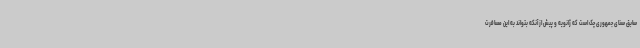
سابق سنای جمهوری چک است که ژانویه و پیش از آنکه بتواند به این مسافرت